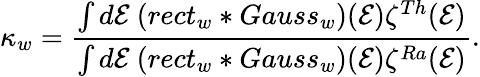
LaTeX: \kappa_{w}=\frac{\int d\mathcal{E}~(rect_{w}\ast Gauss_{w})(\mathcal{E})\zeta^{Th}(\mathcal{E})}{\int d\mathcal{E}~(rect_{w}\ast Gauss_{w})(\mathcal{E})\zeta^{Ra}(\mathcal{E})}.